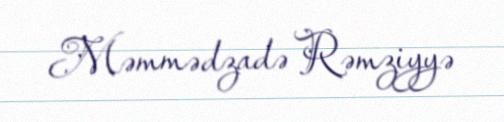
Məmmədzadə Rəmziyyə